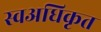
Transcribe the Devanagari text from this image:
स्वअधिकृत